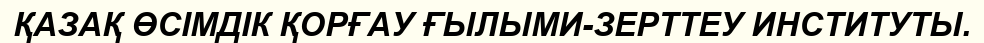
ҚАЗАҚ ӨСІМДІК ҚОРҒАУ ҒЫЛЫМИ-ЗЕРТТЕУ ИНСТИТУТЫ.